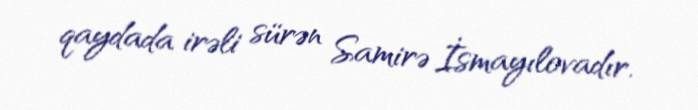
qaydada irəli sürən Samirə İsmayılovadır.